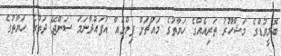
ބޮލީވުޑްގެ މަޝްހޫރު ތަރިއެއްގެ ހަޔާތުގެ މައްޗަށް ފިލްމެއް އުފައްދާނަމަ ސަންޖޭ ދަތުގެ ހަޔާތުގެ